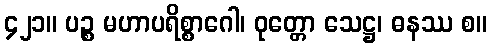
၄၂၁။ ပဉ္စ မဟာပရိစ္စာဂေါ၊ ဝုတ္တော သေဋ္ဌ၊ ဓနဿ စ။